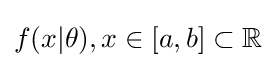
f(x|\theta ),x\in [a,b]\subset \mathbb {R}